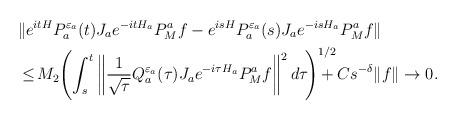
LaTeX: \begin{align*}\begin{aligned}&\Vert e^{itH}P_a^{{\varepsilon}_a}(t)J_ae^{-itH_a}P^a_Mf-e^{isH}P_a^{{\varepsilon}_a}(s)J_ae^{-isH_a}P^a_Mf\Vert\\&\le\hskip-2pt M_2\hskip-2pt\left(\int_s^t\left\Vert\frac{1}{\sqrt{\tau}}Q_a^{{\varepsilon}_a}(\tau)J_ae^{-i\tau H_a}P^a_Mf\right\Vert^2d\tau\hskip-2pt\right)^{1/2}\hskip-14pt+Cs^{-{\delta}}\Vert f\Vert\to 0.\end{aligned}\end{align*}